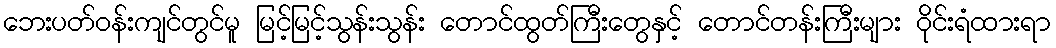
ဘေးပတ်ဝန်းကျင်တွင်မူ မြင့်မြင့်သွန်းသွန်း တောင်ထွတ်ကြီးတွေနှင့် တောင်တန်းကြီးများ ဝိုင်းရံထားရာ